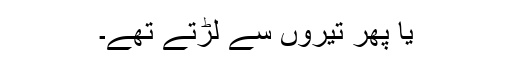
یا پھر تیروں سے لڑتے تھے۔